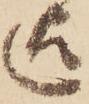
迄